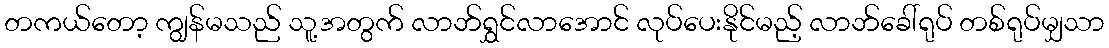
တကယ်တော့ ကျွန်မသည် သူ့အတွက် လာဘ်ရွှင်လာအောင် လုပ်ပေးနိုင်မည့် လာဘ်ခေါ်ရုပ် တစ်ရုပ်မျှသာ